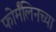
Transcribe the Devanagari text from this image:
फोर्मॅलिनच्या